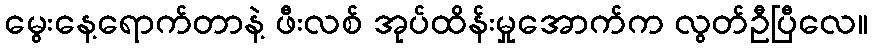
မွေးနေ့ရောက်တာနဲ့ ဖီးလစ် အုပ်ထိန်းမှုအောက်က လွတ်ဦပြီလေ။